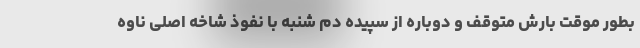
بطور موقت بارش متوقف و دوباره از سپیده دم شنبه با نفوذ شاخه اصلی ناوه